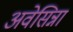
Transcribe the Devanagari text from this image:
अवेसिन्ना